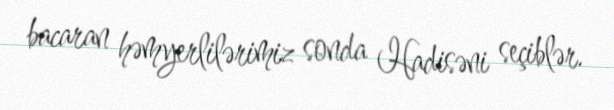
bacaran həmyerlilərimiz sonda Hadisəni seçiblər.